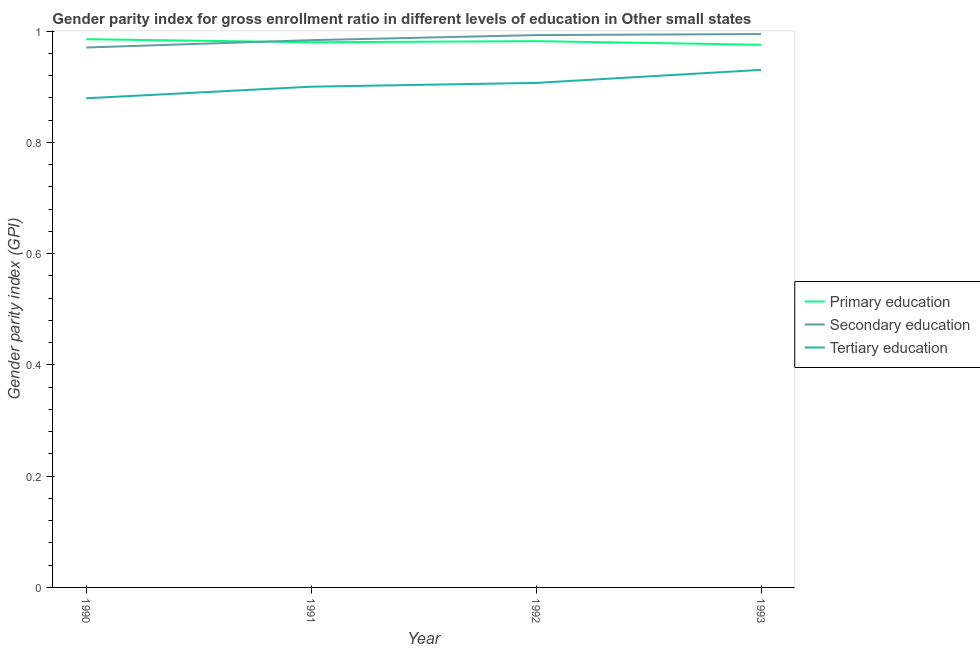
| Year | Primary education | Secondary education | Tertiary education |
 | --- | --- | --- | --- |
 | 1990 | 0.986 | 0.971 | 0.879 |
 | 1991 | 0.98 | 0.984 | 0.9 |
 | 1992 | 0.982 | 0.993 | 0.907 |
 | 1993 | 0.976 | 0.995 | 0.93 |